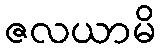
ဇလယာမိ